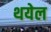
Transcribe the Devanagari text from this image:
थयेल